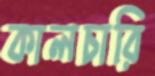
কালচারি